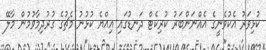
ކުޅިވަރު އެކުވެނީގެ އެއްނަންބަރު ކުރިކެޓް ދަނޑުގައި އިއްޔެ ކުޅުނު މެޗުގެ ގުރުދިމާވުމުން މާލޭ